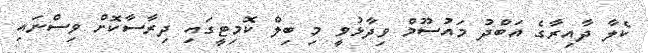
ކެލާ ދާއިރާގެ އަބްދު މައުސޫމް ވިދާޅުވީ މި ބިލް ކޮމިޓީގައި ދިރާސާކޮށް ވިސްނައި